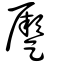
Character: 蹷